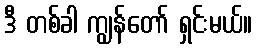
ဒီ တစ်ခါ ကျွန်တော် ရှင်းမယ်။